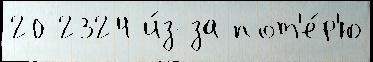
20 2324 и́з-за пот'е́р'ю